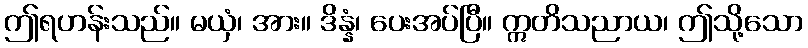
ဤရဟန်းသည်။ မယှံ၊ အား။ ဒိန္နံ၊ ပေးအပ်ပြီ။ ဣတိသညာယ၊ ဤသို့သော